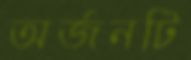
অর্জনটি